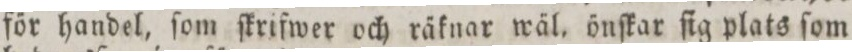
för handel, ſom ſkrifwer och räknar wäl, önſkar ſig plats ſom